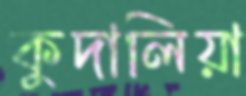
কুদালিয়া